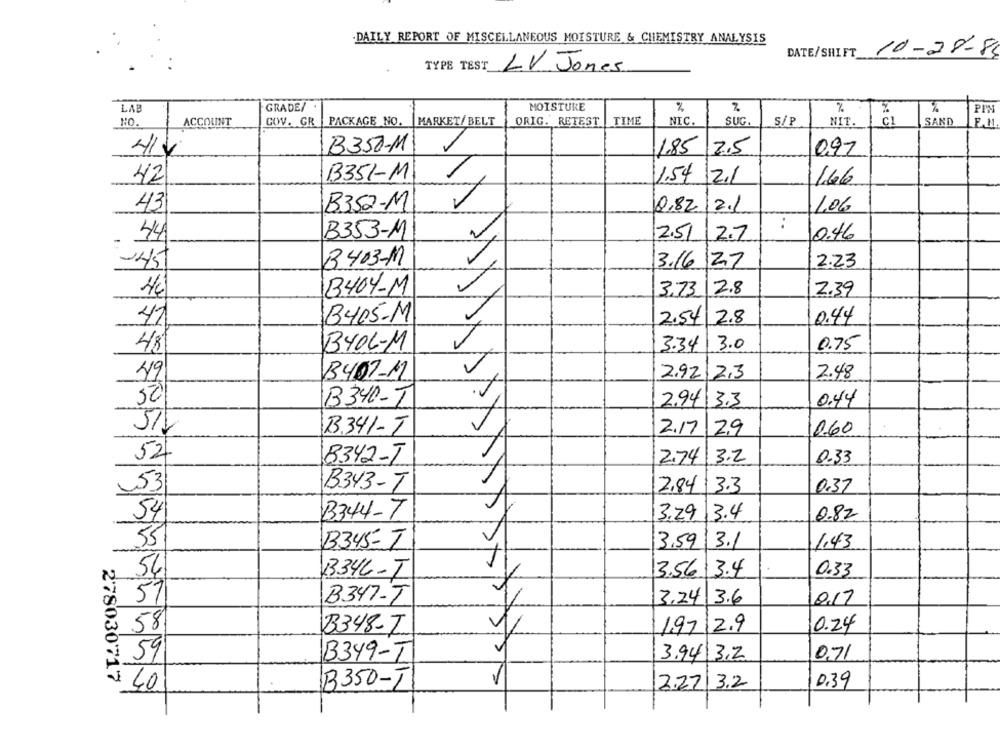
DAILY REPORT OF MISCELLANEOUS MOISTURE & CHEMISTRY ANALYSIS
DATE/SHIFT
10-28-84
TYPE TEST LV Jones
MOISTURE
%
LAB
GRADE/ .
%
PIN
ACCOUNT
COV. GR
ORIG. RETEST
TIME
NIC.
SUG.
NO
PACKAGE NO.
MARKET/ BELT
S/P
NIT.
SAND
B350-M
1.85
2.5
097
414
42
B351-M
1.54
12.1
11.66
43
B352-M
0,82/2.1
106
:
44
B353-M
2.51
2.7
0.46
145
B403-M
3.16 27
2.23
B404-M
3.73
2.8
2.39
47
B405-M
2.54 2.8
0.44
3.34
3.0
0.75
48
BYOL-M
49
B401-M
2.92
2,3
2.48
50
B340-T
2.94
3.3
0.44
B.341-T
2.17
29
0.60
52
8342-T
2.74
3.2
0.33
53
B343-T
3.3
0.37
2.84
54
B344-T
3.29
3.4
0.82
55
B345-T
3,59
13.1
1.43
54
13346-T
3.56 3.4
0.33
57
B347-T
3.24 3.6
0.17
58
B348-I
197 2.9
0.24
59
B349-T
3.94
3,2
0.71
1
278030717
40
B350-T
2.27 3.2
0.39